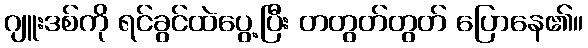
ဂျူးဒစ်ကို ရင်ခွင်ထဲပွေ့ပြီး တတွတ်တွတ် ပြောနေ၏။